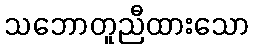
သဘောတူညီထားသော